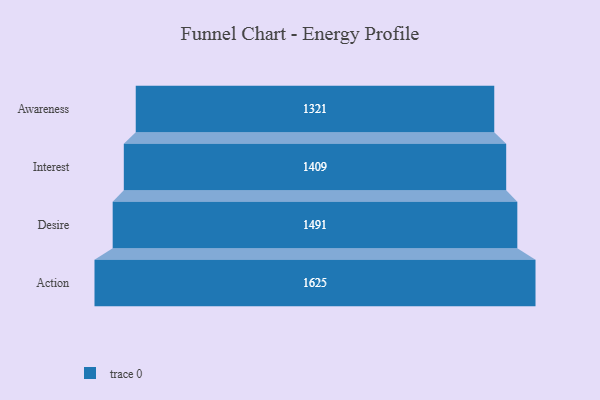
{"axis": {"x": "Stage", "y": "Value"}, "legend": [""], "data": [{"x": "Awareness", "y": 1321.0, "type": ""}, {"x": "Interest", "y": 1409.0, "type": ""}, {"x": "Desire", "y": 1491.0, "type": ""}, {"x": "Action", "y": 1625.0, "type": ""}]}